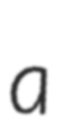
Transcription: a